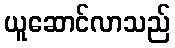
ယူဆောင်လာသည်